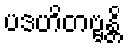
ပဒဟိတဗ္ဗန္တိ